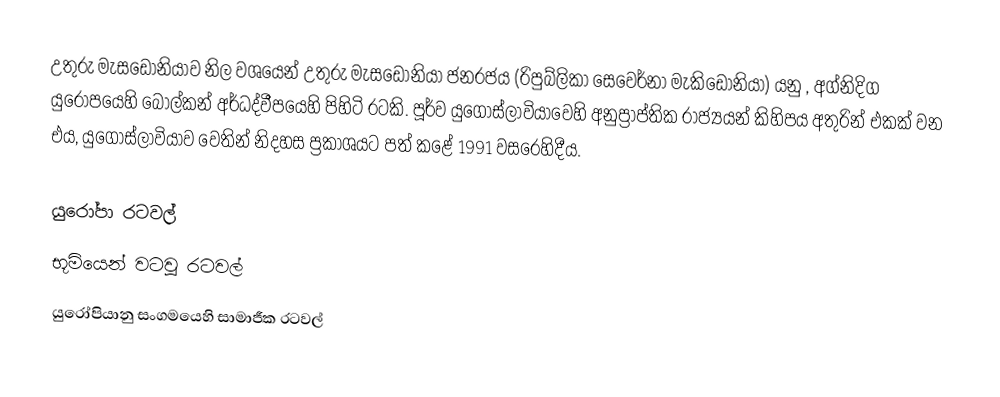
උතුරු මැසඩෝනියාව නිල වශයෙන් උතුරු මැසඩෝනියා ජනරජය (රිපුබ්ලිකා සෙවෙර්නා මැකිඩෝනියා) යනු , අග්නිදිග යුරෝපයෙහි බෝල්කන් අර්ධද්වීපයෙහි පිහිටි රටකි. පූර්ව යුගෝස්ලාවියාවෙහි අනුප්‍රාප්තික රාජ්‍යයන් කිහිපය අතුරින් එකක් වන එය, යුගෝස්ලාවියාව වෙතින් නිදහස ප්‍රකාශයට පත් කළේ  1991 වසරෙහිදීය.

යුරෝපා රටවල්‎
භූමියෙන් වටවූ රටවල්
යුරෝපියානු සංගමයෙහි සාමාජීක රටවල්